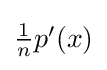
{\textstyle {\frac {1}{n}}p'(x)}